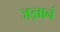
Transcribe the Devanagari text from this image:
जज्ञानं